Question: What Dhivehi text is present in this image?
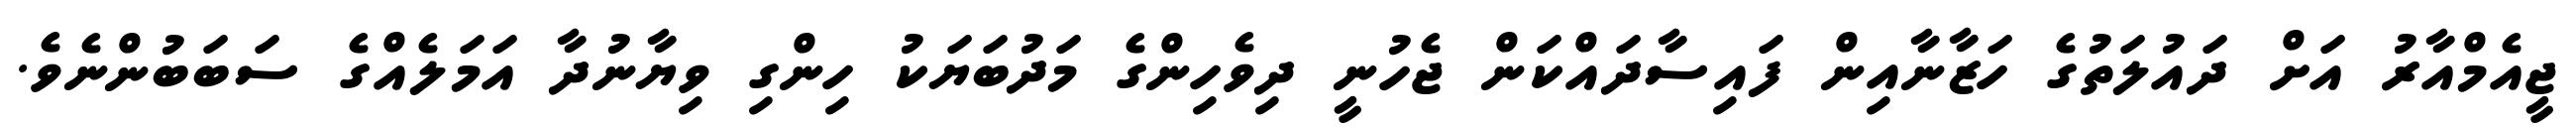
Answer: ޖީއެމްއާރު އަށް ދައުލަތުގެ ހަޒާނާއިން ފައިސާދައްކަން ޖެހުނީ ދިވެހިންގެ މަދުބަޔަކު ހިންގި ވިޔާނުދާ އަމަލެއްގެ ސަބަބުންނެވެ.